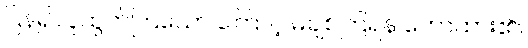
ပြန်၍လူထွက်ကြသော ကြောင့် မချစ်ကြရန် ဟောထား၏။